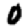
Digit: 0